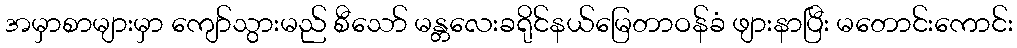
အမှာစာများမှာ ကျော်သွားမည် စီသော် မန္တလေးခရိုင်နယ်မြေတာဝန်ခံ ဖျားနာပြီး မတောင်းကောင်း